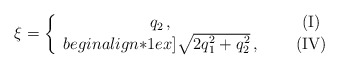
\begin{align*}\xi = \left\{ \begin{array}{ccc} q_2\,, &~~& {\rm(I)} \\begin{align*}1ex]\sqrt{2q_1^2 +q_2^2}\,, & &{\rm(IV)} \end{array} \right.\end{align*}